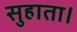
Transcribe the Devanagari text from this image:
सुहाता।